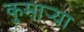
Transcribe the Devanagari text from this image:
कुमार्‍या